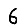
Digit: 6